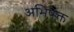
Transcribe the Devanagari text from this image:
अभिषेक्त